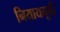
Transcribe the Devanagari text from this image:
नियायमूर्ती